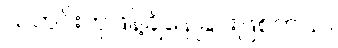
သတင်းတုဖြန့်ချိနေခြင်းဖြစ်တယ်။